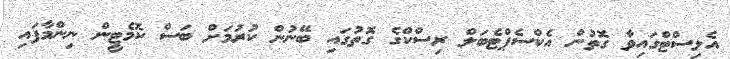
އެލިސްޓްގައިވާ ގޮތުން އެކްސެޕްޓެބަލް ރިސްކްގެ ގޮތުގައި ބޭނުން ކުރުމަށް ބަސް ކޮމެޓީން ނިންމާފައި